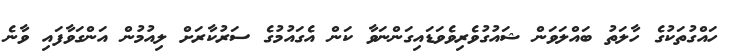
ހައްގުތަކުގެ ހާލަތު ބައްލަވަން ޝައުގުވެރިވެވަޑައިގަންނަވާ ކަން އެގައުމުގެ ސަރުކާރަށް ލިއުމުން އަންގަވާފައި ވާނެ